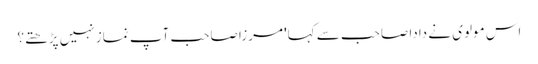
اس مولوی نے دادا صاحب سے کہا' مرزا صاحب آپ نماز نہیں پڑھتے؟